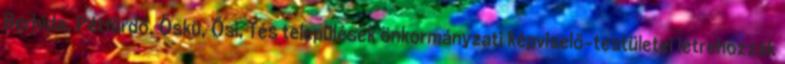
Berhida, Pétfürdő, Öskü, Ősi, Tés települések önkormányzati képviselő-testületei létrehozzák